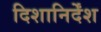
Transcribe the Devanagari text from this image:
दिशानिर्देंश